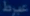
عنط